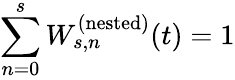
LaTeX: \sum_{n=0}^{s}W_{s,n}^{(\mathrm{nested})}(t)=1